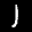
Label: 1